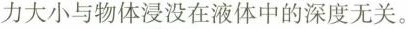
力大小与物体浸没在液体中的深度无关。